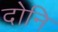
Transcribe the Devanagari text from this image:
दोनि